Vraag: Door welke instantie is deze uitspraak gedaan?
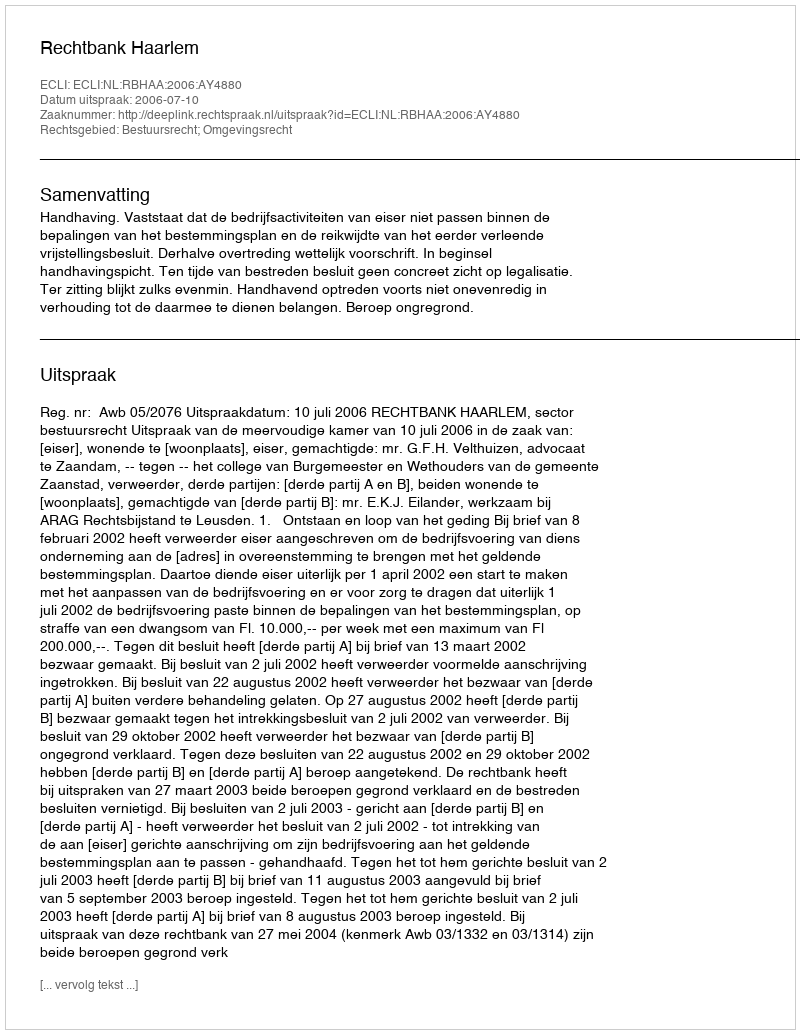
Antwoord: Rechtbank Haarlem